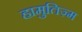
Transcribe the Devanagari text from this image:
हामुतिज़्म